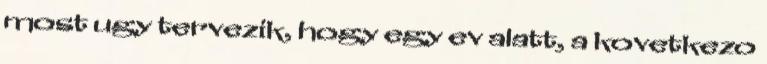
most ugy tervezik, hogy egy ev alatt, a kovetkezo